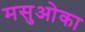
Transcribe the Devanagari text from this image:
मसुओका